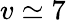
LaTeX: v\simeq 7